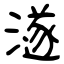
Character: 澻